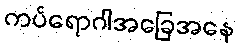
ကပ်ရောဂါအခြေအနေ